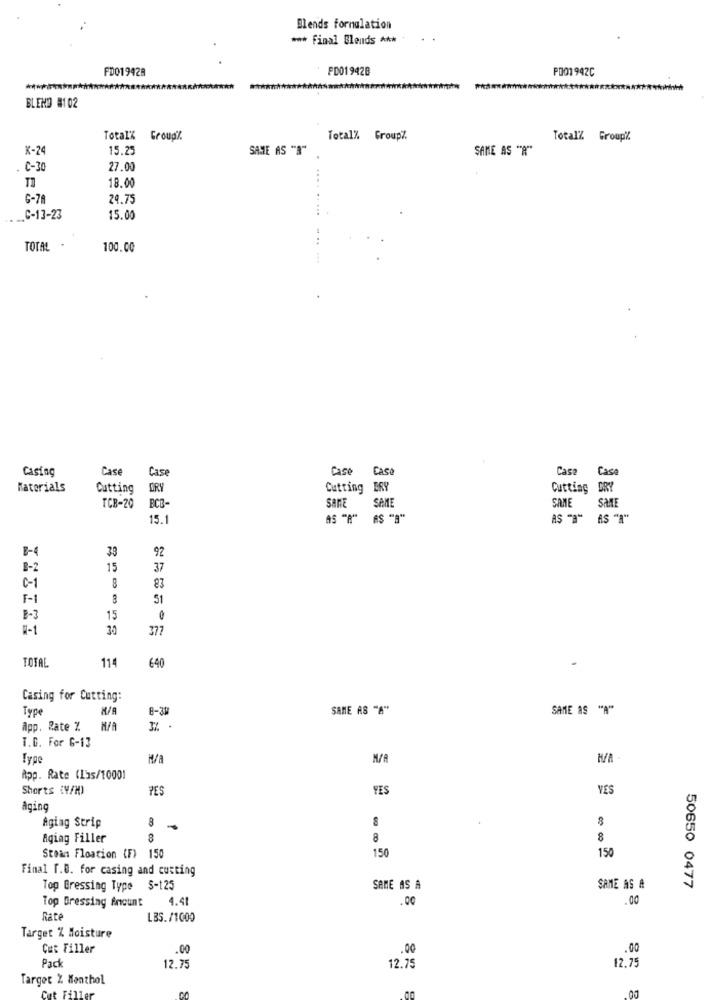
Blends formulation
*** Final Blends ****
PD019428
PD01942B
PO01942C
BLEND #102
Total" Group%
Total% GroupZ.
TotalZ Group%
K-24
15.25
SAME AS "B"
SAME AS "R"
C-30
27.00
18.00
G-78
24.75
.C-13-23
15.00
..
TOTAL .
100.00
Casing
Case
Case
Case
Case
Casa
Case
Materials
Cutting
DRY
Cutting ERY
Cutting DRY
TCB-20
BCB-
san
SAME
SAME
SAME
15.1
AS "A" AS "B"
AS "a" AS "I"
B-4
33
92
B-2
15
37
0-1
83
F-1
51
B-3
15
W-1
30
377
TOTAL
114
640
Casing for Cutting:
Typ
8-30
SAME AS "A"
SAME AS "A"
App. Rate %
T.D. For G-13
Type
App. Rate (Iss/10001
Shorts (V/H)
TES
YES
VES
Aging
Agiag Strip
8
8
Aging Filler
8
8
150
150
Stoan Floation (F) 150
Final T.D. for casing and cutting
Top Gressing Type $-125
SAME AS A
SAME AS A
50650 0477
Top Dressing Amount
4.41
.00
.00
RAte
LBS. /1000
Target % Moisture
Cut Filler
.00
.00
.00
Pack
12.75
12.75
12.75
Target 2 Monthol